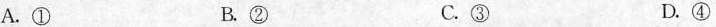
A.① B.② C.③ D.④